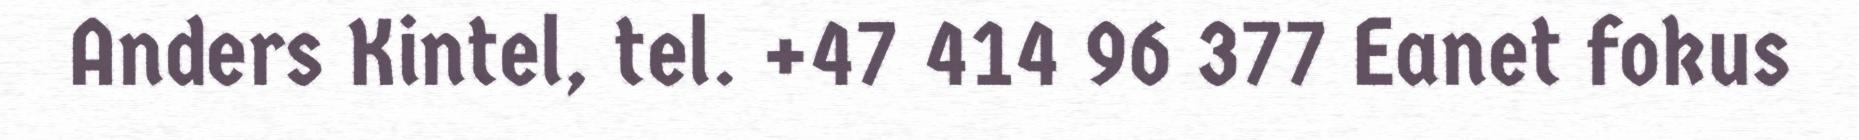
Anders Kintel, tel. +47 414 96 377 Eanet fokus